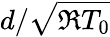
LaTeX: d/\sqrt{\mathfrak{R}T_{0}}